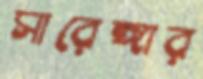
সারেঙ্গার